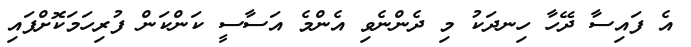
އެ ފައިސާ ދޭހާ ހިނދަކު މި ދެންނެވި އެންމެ އަސާސީ ކަންކަން ފުރިހަމަކޮށްފައި